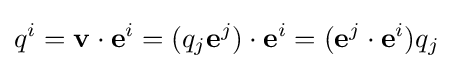
q^{i}=\mathbf {v} \cdot \mathbf {e} ^{i}=(q_{j}\mathbf {e} ^{j})\cdot \mathbf {e} ^{i}=(\mathbf {e} ^{j}\cdot \mathbf {e} ^{i})q_{j}